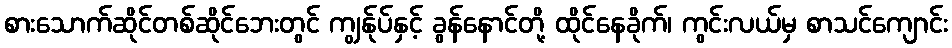
စားသောက်ဆိုင်တစ်ဆိုင်ဘေးတွင် ကျွန်ုပ်နှင့် ခွန်နောင်တို့ ထိုင်နေခိုက်၊ ကွင်းလယ်မှ စာသင်ကျောင်း